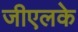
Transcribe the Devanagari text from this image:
जीएलके